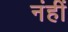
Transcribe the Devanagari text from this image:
नंहीं